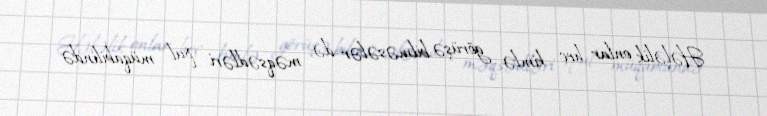
Hələlik onlar heç kimlə görüşə bilməsələr də, məqsədləri pul müqabilində